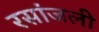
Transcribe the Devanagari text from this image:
रसांजली